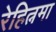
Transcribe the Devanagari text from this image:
रेहित्नमा